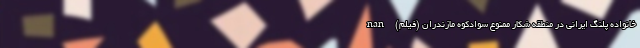
خانواده پلنگ ایرانی در منطقه شکار ممنوع سوادکوه مازندران (فیلم) nan